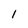
Character: 1